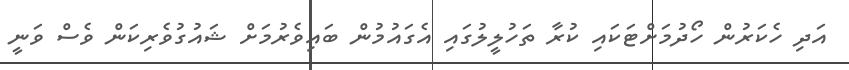
އަދި ހެކަރުން ހޯދުމަށްޓަކައި ކުރާ ތަހުލީލުގައި އެގައުމުން ބައިވެރުމަށް ޝައުގުވެރިކަން ވެސް ވަނީ